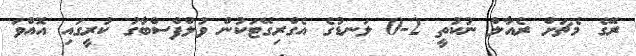
ރޭގެ މެޗަށް ރެއާލް ނުކުތީ 2-0 ލަނޑުގެ އެގްރިގޭޓަކުން ވުލްފްސްބާގު ކުރީގައި އޮއްވަ